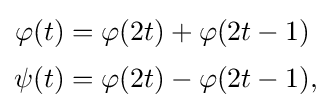
{\begin{aligned}\varphi (t)&=\varphi (2t)+\varphi (2t-1)\\[.2em]\psi (t)&=\varphi (2t)-\varphi (2t-1),\end{aligned}}